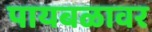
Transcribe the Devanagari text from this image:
पायबळावर